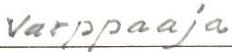
varppaaja